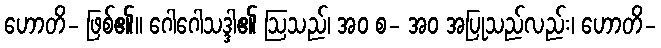
ဟောတိ- ဖြစ်၏။ ဂေါဂေါသဒ္ဒါ၏ ဩသည်၊ အဝ စ- အဝ အပြုသည်လည်း၊ ဟောတိ-